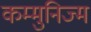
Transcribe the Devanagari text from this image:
कम्मुनिज्म